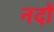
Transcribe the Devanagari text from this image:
नदों